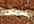
الهامش